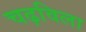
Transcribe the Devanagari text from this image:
चढ़विला